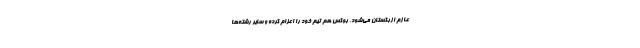
عازم ازبکستان می‌شود. بوکس هم تیم خود را اعزام کرده و سایر رشته‌ها